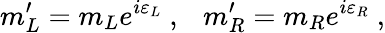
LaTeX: m_{L}^{\prime}=m_{L}e^{i\varepsilon_{L}}\ ,\ \ \ m_{R}^{\prime}=m_{R}e^{i\varepsilon_{R}}\ ,